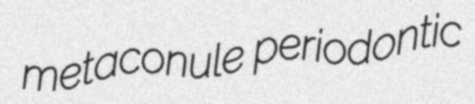
metaconule periodontic